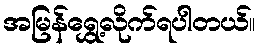
အမြန်ရွှေ့လိုက်ရပါတယ်။